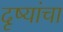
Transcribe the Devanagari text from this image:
दृष्यांचा